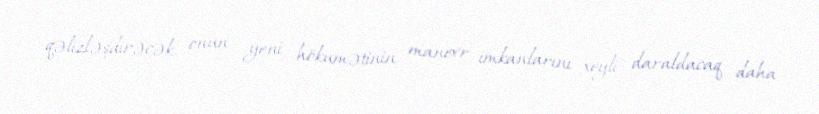
qəlizləşdirəcək, onun yeni hökumətinin manevr imkanlarını xeyli daraldacaq daha